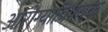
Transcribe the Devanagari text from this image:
आरोग्याविषयक